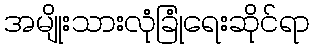
အမျိုးသားလုံခြုံရေးဆိုင်ရာ